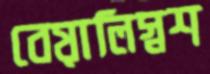
বেয়ালিস্নশ